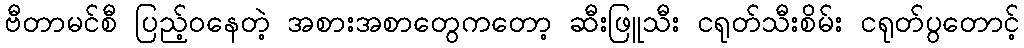
ဗီတာမင်စီ ပြည့်ဝနေတဲ့ အစားအစာတွေကတော့ ဆီးဖြူသီး ငရုတ်သီးစိမ်း ငရုတ်ပွတောင့်